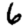
Digit: 6